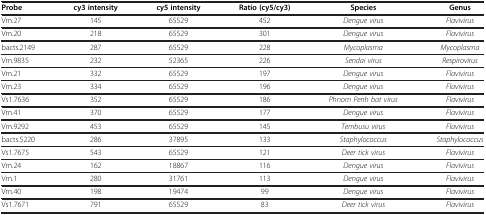
<table><thead><tr><td><b>Probe</b></td><td><b>cy3 intensity</b></td><td><b>cy5 intensity</b></td><td><b>Ratio (cy5/cy3)</b></td><td><b>Species</b></td><td><b>Genus</b></td></tr></thead><tbody><tr><td>Vm.27</td><td>145</td><td>65529</td><td>452</td><td><i>Dengue virus</i></td><td><i>Flavivirus</i></td></tr><tr><td>Vm.20</td><td>218</td><td>65529</td><td>301</td><td><i>Dengue virus</i></td><td><i>Flavivirus</i></td></tr><tr><td>bacts.2149</td><td>287</td><td>65529</td><td>228</td><td><i>Mycoplasma</i></td><td><i>Mycoplasma</i></td></tr><tr><td>Vm.9835</td><td>232</td><td>52365</td><td>226</td><td><i>Sendai virus</i></td><td><i>Respirovirus</i></td></tr><tr><td>Vm.21</td><td>332</td><td>65529</td><td>197</td><td><i>Dengue virus</i></td><td><i>Flavivirus</i></td></tr><tr><td>Vm.23</td><td>334</td><td>65529</td><td>196</td><td><i>Dengue virus</i></td><td><i>Flavivirus</i></td></tr><tr><td>Vs1.7636</td><td>352</td><td>65529</td><td>186</td><td><i>Phnom Penh bat virus</i></td><td><i>Flavivirus</i></td></tr><tr><td>Vm.41</td><td>370</td><td>65529</td><td>177</td><td><i>Dengue virus</i></td><td><i>Flavivirus</i></td></tr><tr><td>Vm.9292</td><td>453</td><td>65529</td><td>145</td><td><i>Tembusu virus</i></td><td><i>Flavivirus</i></td></tr><tr><td>bacts.5220</td><td>286</td><td>37895</td><td>133</td><td><i>Staphylococcus</i></td><td><i>Staphylococcus</i></td></tr><tr><td>Vs1.7675</td><td>543</td><td>65529</td><td>121</td><td><i>Deer tick virus</i></td><td><i>Flavivirus</i></td></tr><tr><td>Vm.24</td><td>162</td><td>18867</td><td>116</td><td><i>Dengue virus</i></td><td><i>Flavivirus</i></td></tr><tr><td>Vm.1</td><td>280</td><td>31761</td><td>113</td><td><i>Dengue virus</i></td><td><i>Flavivirus</i></td></tr><tr><td>Vm.40</td><td>198</td><td>19474</td><td>99</td><td><i>Dengue virus</i></td><td><i>Flavivirus</i></td></tr><tr><td>Vs1.7671</td><td>791</td><td>65529</td><td>83</td><td><i>Deer tick virus</i></td><td><i>Flavivirus</i></td></tr></tbody></table>